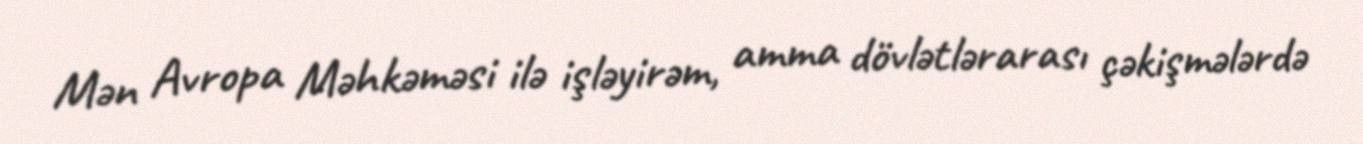
Mən Avropa Məhkəməsi ilə işləyirəm, amma dövlətlərarası çəkişmələrdə